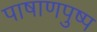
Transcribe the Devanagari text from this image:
पाषाणपुष्प